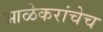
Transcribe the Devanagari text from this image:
आळेकरांचेच